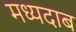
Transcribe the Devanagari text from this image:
मध्यदाब